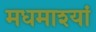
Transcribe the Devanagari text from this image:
मधमाश्यां